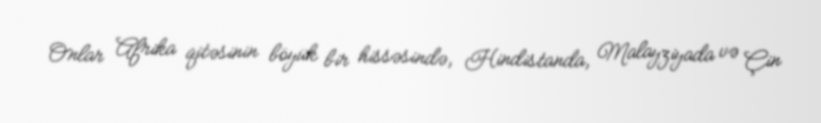
Onlar Afrika qitəsinin böyük bir hissəsində, Hindistanda, Malayziyada və Çin